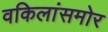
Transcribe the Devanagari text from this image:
वकिलांसमोर